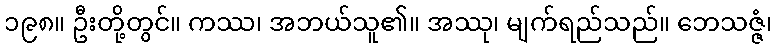
၁၉၈။ ဦးတို့တွင်။ ကဿ၊ အဘယ်သူ၏။ အဿု၊ မျက်ရည်သည်။ ဘေသဇ္ဇံ၊